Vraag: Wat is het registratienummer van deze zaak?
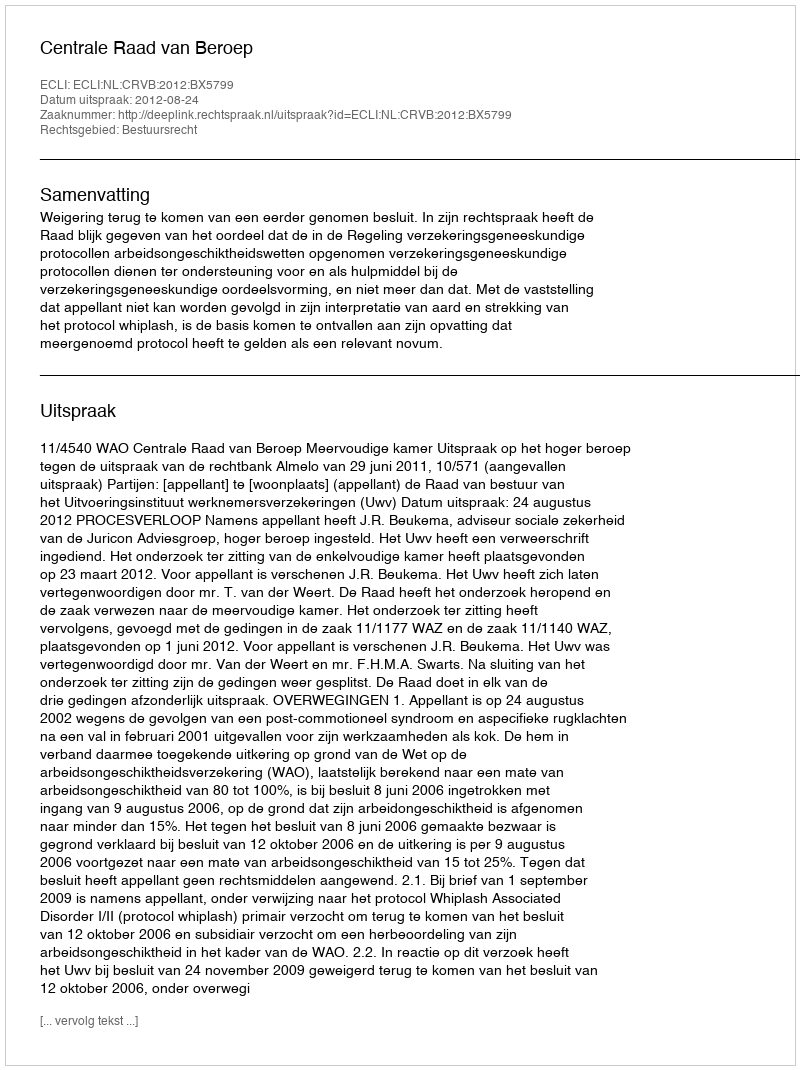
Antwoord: http://deeplink.rechtspraak.nl/uitspraak?id=ECLI:NL:CRVB:2012:BX5799